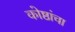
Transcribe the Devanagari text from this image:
कोष्ठांचा